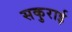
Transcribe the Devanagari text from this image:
सकुराई